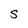
Character: S